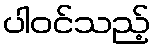
ပါဝင်သည့်